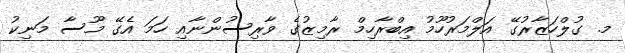
މ. ގުލްހަޒާރުގޭ އަލްމަރުހޫމު އިބްރާހިމް ރާމިޒުގެ ވާރިސުންނާއި ހަމަ އެގޭ މޫސާ މަނިކު